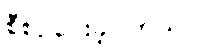
စီစဉ်ပေးခဲ့ပါတယ်။